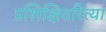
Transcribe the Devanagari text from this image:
प्रशिक्षितरित्या